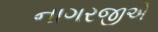
નાગરજીએ